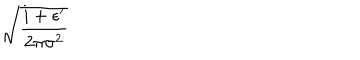
\sqrt { \frac { i + \epsilon ^ { \prime } } { 2 \pi \sigma ^ { 2 } } }